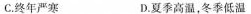
C.终年严寒 D.夏季高温，冬季低温